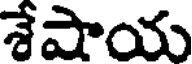
శేషాయ